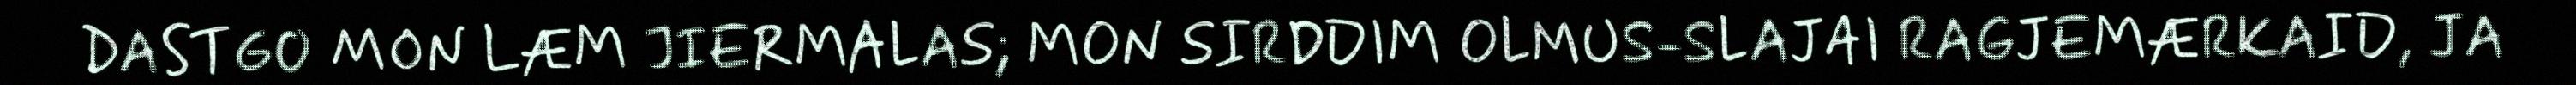
DASTGO MON LÆM JIERMALAS; MON SIRDDIM OLMUS-SLAJAI RAGJEMÆRKAID, JA